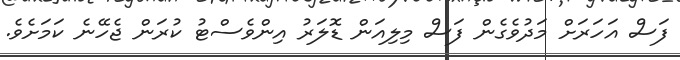
ފަސް އަހަރަށް މަދުވެގެން ފަސް މިލިއަން ޑޮލަރު އިންވެސްޓު ކުރަން ޖެހޭނެ ކަމަށެވެ.